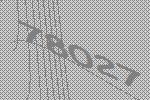
78027